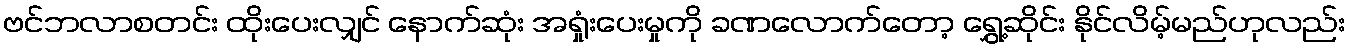
ဗင်ဘလာစတင်း ထိုးပေးလျှင် နောက်ဆုံး အရှုံးပေးမှုကို ခဏလောက်တော့ ရွှေ့ဆိုင်း နိုင်လိမ့်မည်ဟုလည်း